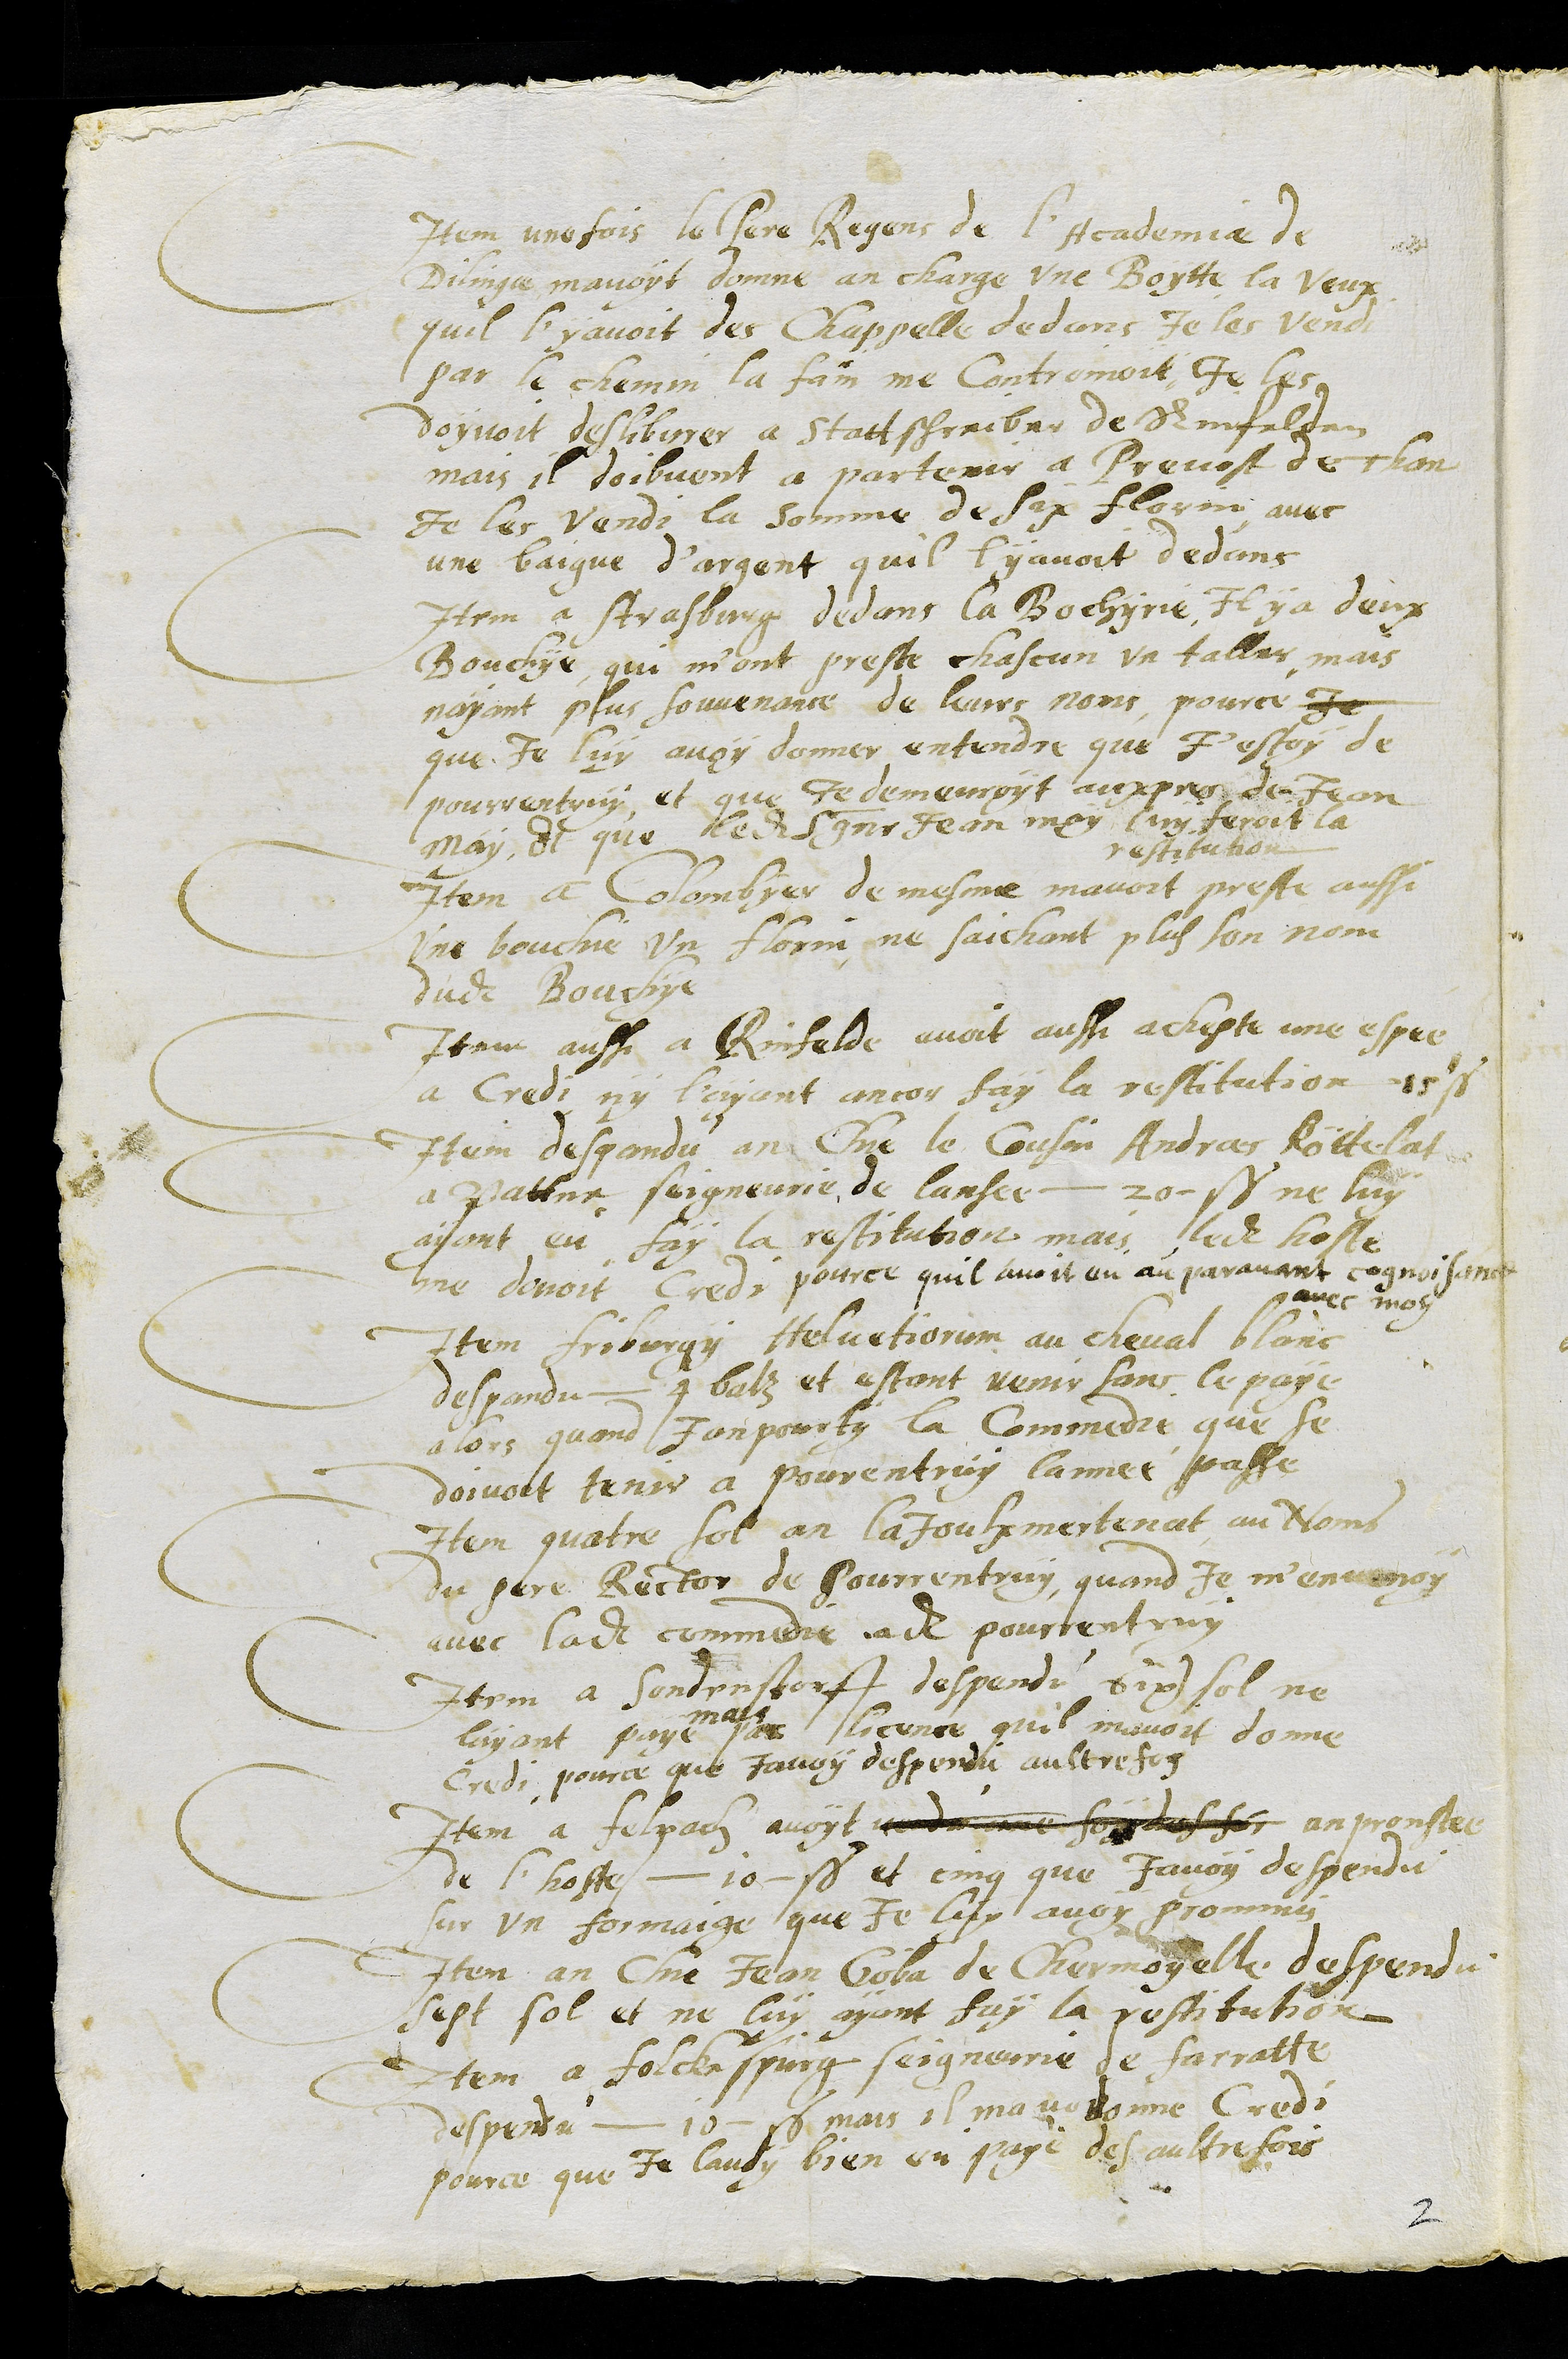
Item une fois le Pere Regens de l'Academiae de
Dilingae mavoyt donné an charge une Boytte la veux
quil l'y avoit des chappelle dedans je les vendi
par le chemin la fain me controinoit, je les
doyvoit delibvrer a Stattschreiber de Rinfelden
mais il doibvent a partenir a Prevost de Than
Je les vendi la homme de six florin avec
une baigue d'argent quil ly avoit dedans
Item a Strasburg dedans la Bochyrie, Il y a deux
Bouchye qui m'ont preste chascun un taller, mais
nayant plus souvenance de leur noms, pource je
que je luy avoy donner entendre que j'estoy de
pourrentruy, et que de demeuroyt aupres de Jean
May Et que ledit seigneur Jean may luy feroit la
restitution
Item a Colombyer de mesme mavoit preste aussi
une bouchie un florin, ne saichant plus son nom
dudit Bouchye
Item aussi a Rinfelde avoit aussi achepte une espee
a Credi, ny l'ayant ancor fay la restitution 15 s.
Item despandu an Chie le Cousin Andraes Röttelat
a Patter seigneurie de lansee 20 s. ne luy
ayant eu fay la restitution, mais ledit hoste
me devoit credi pource quil avoit un an auparavant cognoissance
avec moy
Item Friburgy Helvetiorum au cheval blanc
despandu 4 batz et estant venir sans le paye
alors quand Jampourty la Commedie que se
doivoit tenir a Pourentruy lannée passe
Item quatre sol an la Joulxmertenat au Noms
du pere Rector de Pourrentruy, quand Je m'envenoy
avec ladite commedie adit pourrentruy
Item a Sondenstorff despendu six sol ne
layant paye
mais
par licence quil mavoit donne
credi pource que javoy despendu aultrefoy
Item a Felpach avoyt anpronstee
de lhoste 10 s. et cinq que javoy despendu
sur un formaige que je luy avoy prommis
Item an Chie Jean Gola de Charmoyelle despendu
sept sol et ne luy ayant fay la restitution
Item a forlkespurg Seigneurie de Farratte
despendu 10 s. mais il mavoit donne credi
pource que je lavoy bien eu payé des aultre fois
2